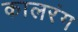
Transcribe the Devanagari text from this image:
कालरंग